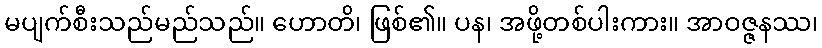
မပျက်စီးသည်မည်သည်။ ဟောတိ၊ ဖြစ်၏။ ပန၊ အဖို့တစ်ပါးကား။ အာဝဇ္ဇနဿ၊